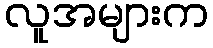
လူအများက